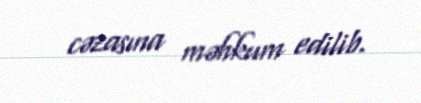
cəzasına məhkum edilib.